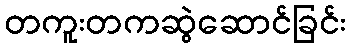
တကူးတကဆွဲဆောင်ခြင်း